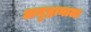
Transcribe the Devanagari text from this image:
अनुष्ठानाला